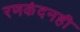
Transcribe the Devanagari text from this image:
रणकंदनही